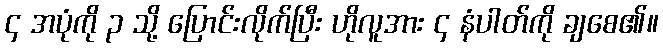
၄ အပုံကို ၃ သို့ ပြောင်းလိုက်ပြီး ဟိုလူအား ၄ နံပါတ်ကို ချစေ၏။